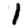
Digit: 1